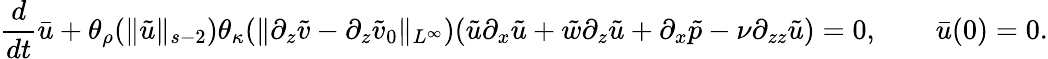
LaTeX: \frac{d}{dt}\bar{u}+\theta_{\rho}(\| \tilde{u}\| _{s-2})\theta_{\kappa}(\| \partial_{z}\tilde{v}-\partial_{z}\tilde{v}_{0}\| _{L^{\infty}})(\tilde{u}\partial_{x}\tilde{u}+\tilde{w}\partial_{z}\tilde{u}+\partial_{x}\tilde{p}-\nu\partial_{zz}\tilde{u})=0,\qquad\bar{u}(0)=0.